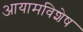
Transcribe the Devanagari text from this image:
आयामविशेष